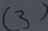
( 3 )